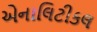
એનાલિટીકલ